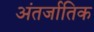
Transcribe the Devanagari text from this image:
अंतर्जातिक